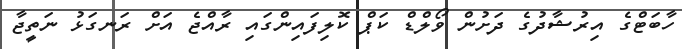
ހާބަޓްގެ އިރުޝާދުގެ ދަށުން ވޯލްޑް ކަޕް ކޮލިފައިންގައި ރާއްޖެ އަށް ރަނގަޅު ނަތީޖާ